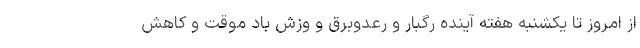
از امروز تا یکشنبه هفته آینده رگبار و رعدوبرق و وزش باد موقت و کاهش